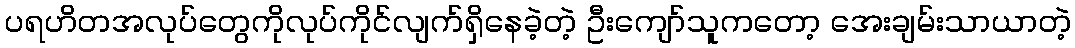
ပရဟိတအလုပ်တွေကိုလုပ်ကိုင်လျက်ရှိနေခဲ့တဲ့ ဦးကျော်သူကတော့ အေးချမ်းသာယာတဲ့